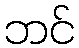
ဘင်